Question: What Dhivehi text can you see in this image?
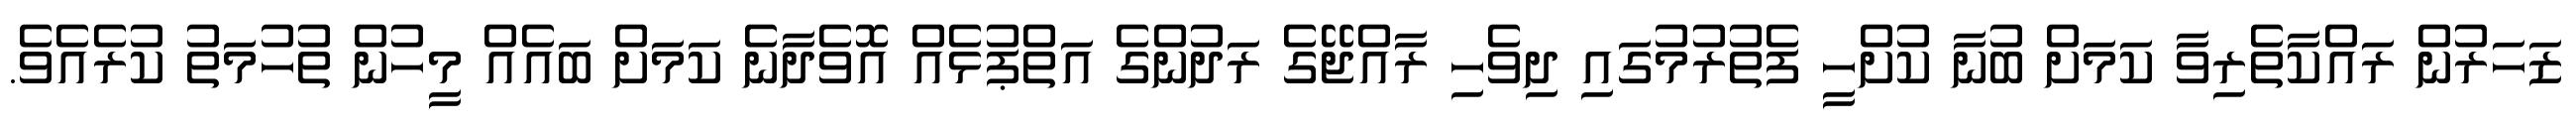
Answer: ޒަހަރުން ރައްކާތެރިވާ ކަމަށް ބުނާ ކުށްހީ ފެތުރުމުގައި ދިވެހި ރާއްޖޭގެ ރަދުންގެ އަތްޕުޅެއް އޮވެދާނެ ކަމަށް ބައެއް މީހުން ތުހުމަތު ކުރެއެވެ.